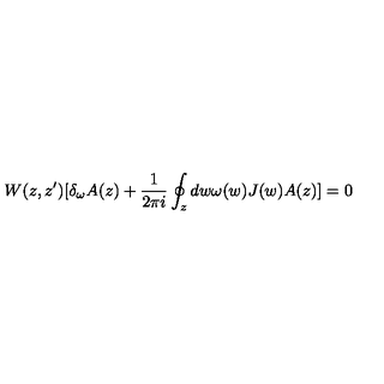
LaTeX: W ( z , z ^ { \prime } ) [ \delta _ { \omega } A ( z ) + \frac { 1 } { 2 \pi i } \oint _ { z } d w \omega ( w ) J ( w ) A ( z ) ] = 0